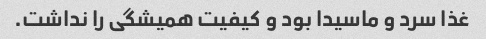
غذا سرد و ماسیدا بود و کیفیت همیشگی را نداشت.